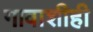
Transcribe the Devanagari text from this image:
गावाशीही